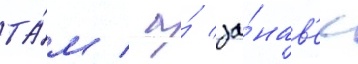
та́м / а́ за́нав'ес